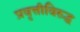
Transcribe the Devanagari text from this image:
प्रवृत्तीविरुद्ध